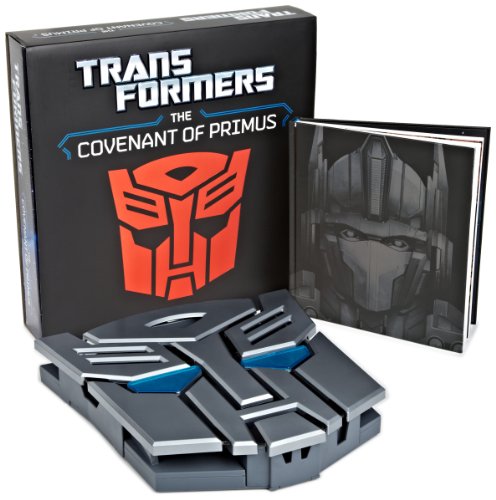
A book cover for Transformers: The Covenant of Primus; Justina Robson; Literature & Fiction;